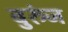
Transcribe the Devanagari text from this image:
बुरुंज